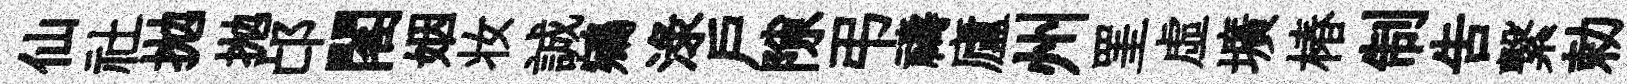
仙社拋抛邙閣姻妆誠鵷渌户隙弔禱廬州罣虚壙椿制吿繋勅